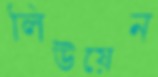
লিউয়েন